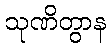
သုဏိတွာန